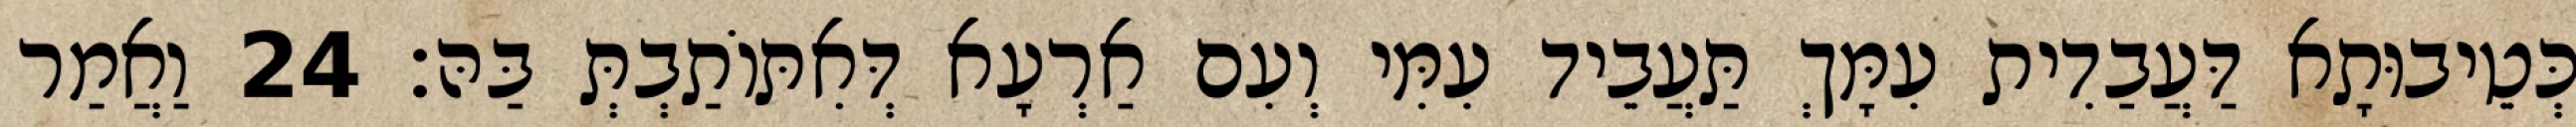
כְּטֵיבוּתָא דַּעֲבַדִית עִמָּךְ תַּעֲבֵיד עִמִּי וְעִם אַרְעָא דְּאִתּוֹתַבְתְּ בַּהּ׃ 24 וַאֲמַר